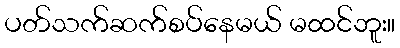
ပတ်သက်ဆက်စပ်နေမယ် မထင်ဘူး။